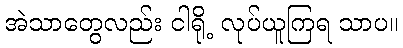
အဲသာတွေလည်း ငါရို့ လုပ်ယူကြရ သာပ။